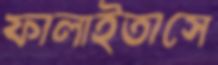
ফালাইতাসে